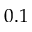
0 . 1